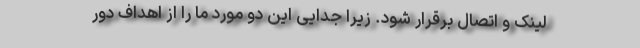
لینک و اتصال برقرار شود. زیرا جدایی این دو مورد ما را از اهداف دور